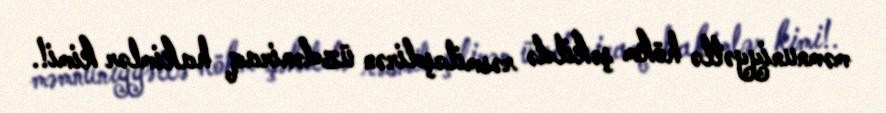
məmnuniyyətlə hökm şəkildə rəsmiləşdirən üzdəniraq hakimlər kimi!.